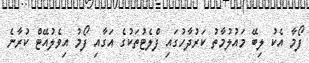
ފޯމާ އެކު ލިބޭ މައުލުމާތު ކަރުދާހުގައި ފްލެޓުތަކުގެ އަގާއި ފޯމު އިވެލުއޭޓް ކުރާނެ